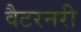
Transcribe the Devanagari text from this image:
वैटरनरी